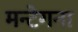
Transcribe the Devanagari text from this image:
मन्टेगना